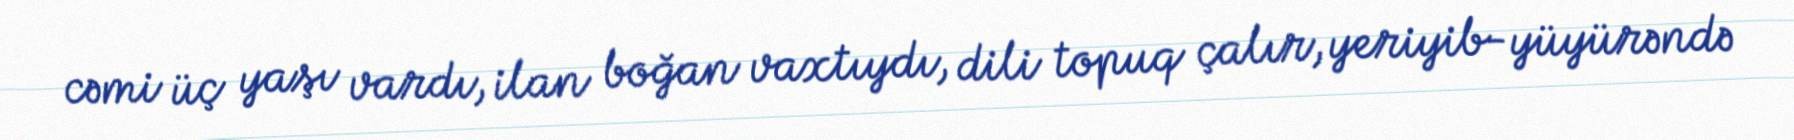
cəmi üç yaşı vardı, ilan boğan vaxtıydı, dili topuq çalır, yeriyib-yüyürəndə